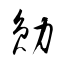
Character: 勛